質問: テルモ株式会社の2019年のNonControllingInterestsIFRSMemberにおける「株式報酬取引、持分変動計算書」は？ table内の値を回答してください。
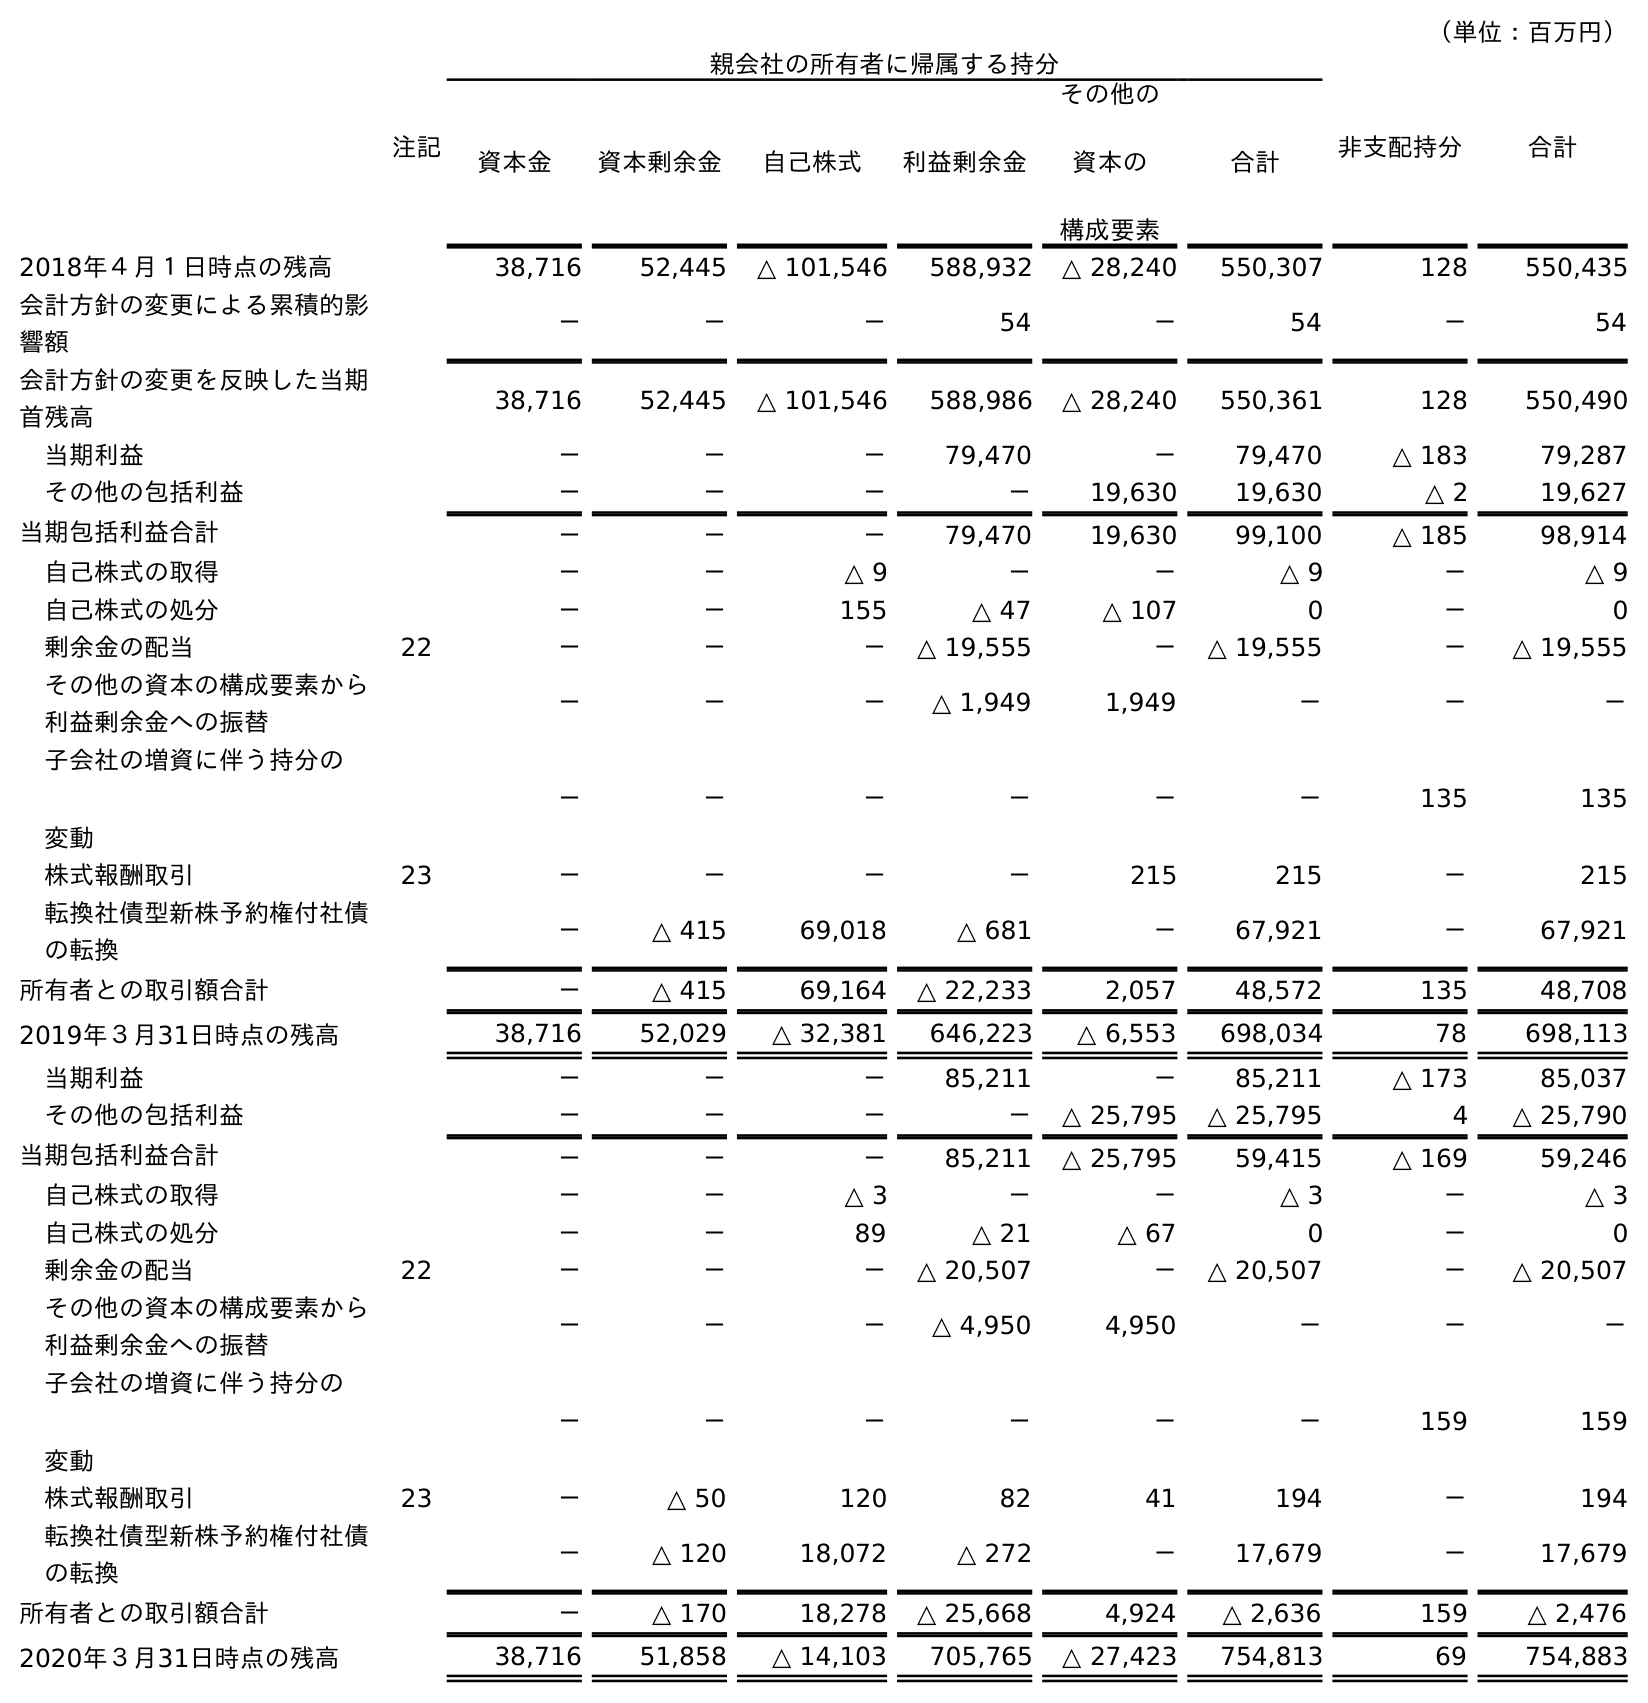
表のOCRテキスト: （単位：百万円） 注記 親会社の所有者に帰属する持分 非支配持分 合計 資本金 資本剰余金 自己株式 利益剰余金 その他の 資本の 構成要素 合計 2018年４月１日時点の残高 38,716 52,445 △ 101,546 588,932 △ 28,240 550,307 128 550,435 会計方針の変更による累積的影 響額 － － － 54 － 54 － 54 会計方針の変更を反映した当期 首残高 38,716 52,445 △ 101,546 588,986 △ 28,240 550,361 128 550,490 当期利益 － － － 79,470 － 79,470 △ 183 79,287 その他の包括利益 － － － － 19,630 19,630 △ 2 19,627 当期包括利益合計 － － － 79,470 19,630 99,100 △ 185 98,914 自己株式の取得 － － △ 9 － － △ 9 － △ 9 自己株式の処分 － － 155 △ 47 △ 107 0 － 0 剰余金の配当 22 － － － △ 19,555 － △ 19,555 － △ 19,555 その他の資本の構成要素から 利益剰余金への振替 － － － △ 1,949 1,949 － － － 子会社の増資に伴う持分の 変動 － － － － － － 135 135 株式報酬取引 23 － － － － 215 215 － 215 転換社債型新株予約権付社債 の転換 － △ 415 69,018 △ 681 － 67,921 － 67,921 所有者との取引額合計 － △ 415 69,164 △ 22,233 2,057 48,572 135 48,708 2019年３月31日時点の残高 38,716 52,029 △ 32,381 646,223 △ 6,553 698,034 78 698,113 当期利益 － － － 85,211 － 85,211 △ 173 85,037 その他の包括利益 － － － － △ 25,795 △ 25,795 4 △ 25,790 当期包括利益合計 － － － 85,211 △ 25,795 59,415 △ 169 59,246 自己株式の取得 － － △ 3 － － △ 3 － △ 3 自己株式の処分 － － 89 △ 21 △ 67 0 － 0 剰余金の配当 22 － － － △ 20,507 － △ 20,507 － △ 20,507 その他の資本の構成要素から 利益剰余金への振替 － － － △ 4,950 4,950 － － － 子会社の増資に伴う持分の 変動 － － － － － － 159 159 株式報酬取引 23 － △ 50 120 82 41 194 － 194 転換社債型新株予約権付社債 の転換 － △ 120 18,072 △ 272 － 17,679 － 17,679 所有者との取引額合計 － △ 170 18,278 △ 25,668 4,924 △ 2,636 159 △ 2,476 2020年３月31日時点の残高 38,716 51,858 △ 14,103 705,765 △ 27,423 754,813 69 754,883
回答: －